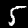
Label: 5